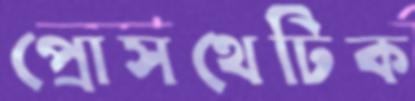
প্রোসথেটিক